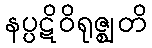
နပ္ပဋိဝိရုဇ္ဈတိ